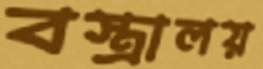
বস্ত্রালয়